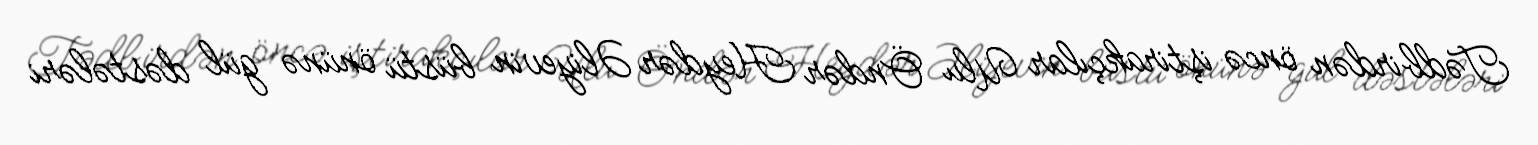
Tədbirdən öncə iştirakçılar Ulu Öndər Heydər Əliyevin büstü önünə gül dəstələri